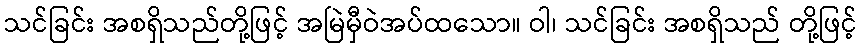
သင်ခြင်း အစရှိသည်တို့ဖြင့် အမြဲမှီဝဲအပ်ထသော။ ဝါ၊ သင်ခြင်း အစရှိသည် တို့ဖြင့်